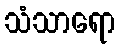
သံသာရော